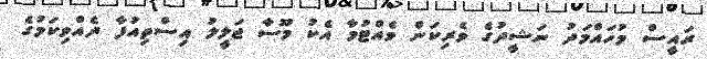
ރައީސް މުހައްމަދު ނަޝީދުގެ ވެރިކަން ވެއްޓުމާ އެކު މޫސާ ޖަލީލު އިސްތިއުފާ ދެއްވިކަމުގެ